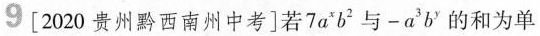
9[2020贵州黔西南州中考]若7a^{x}b^{2}与-a^{3}b^{y}的和为单